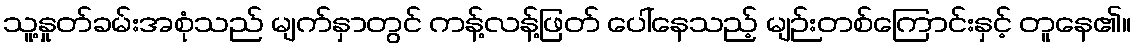
သူ့နှုတ်ခမ်းအစုံသည် မျက်နှာတွင် ကန့်လန့်ဖြတ် ပေါ်နေသည့် မျဉ်းတစ်ကြောင်းနှင့် တူနေ၏။